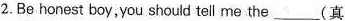
2.Be honest boy,you should tell me the ___(真